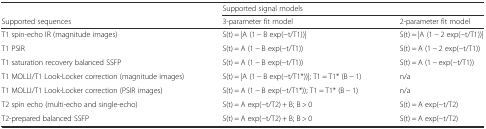
|  | <COLSPAN=2> Supported signal models |
 | Supported sequences | 3-parameter fit model | 2-parameter fit model |
 | --- | --- | --- |
 | T1 spin-echo IR (magnitude images) | S(t) = |A (1 − B exp(−t/T1))| | S(t) = |A (1 − 2 exp(−t/T1))| |
 | T1 PSIR | S(t) = A (1 − B exp(−t/T1)) | S(t) = A (1 − 2 exp(−t/T1)) |
 | T1 saturation recovery balanced SSFP | S(t) = A (1 − B exp(−t/T1)) | S(t) = A (1 − exp(−t/T1)) |
 | T1 MOLLI/T1 Look-Locker correction (magnitude images) | S(t) = |A (1 − B exp(−t/T1*))|; T1 = T1* (B − 1) | n/a |
 | T1 MOLLI/T1 Look-Locker correction (PSIR images) | S(t) = A (1 − B exp(−t/T1*)); T1 = T1* (B − 1) | n/a |
 | T2 spin echo (multi-echo and single-echo) | S(t) = A exp(−t/T2) + B; B > 0 | S(t) = A exp(−t/T2) |
 | T2-prepared balanced SSFP | S(t) = A exp(−t/T2) + B; B > 0 | S(t) = A exp(−t/T2) |